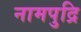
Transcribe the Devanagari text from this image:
नामपुद्रि